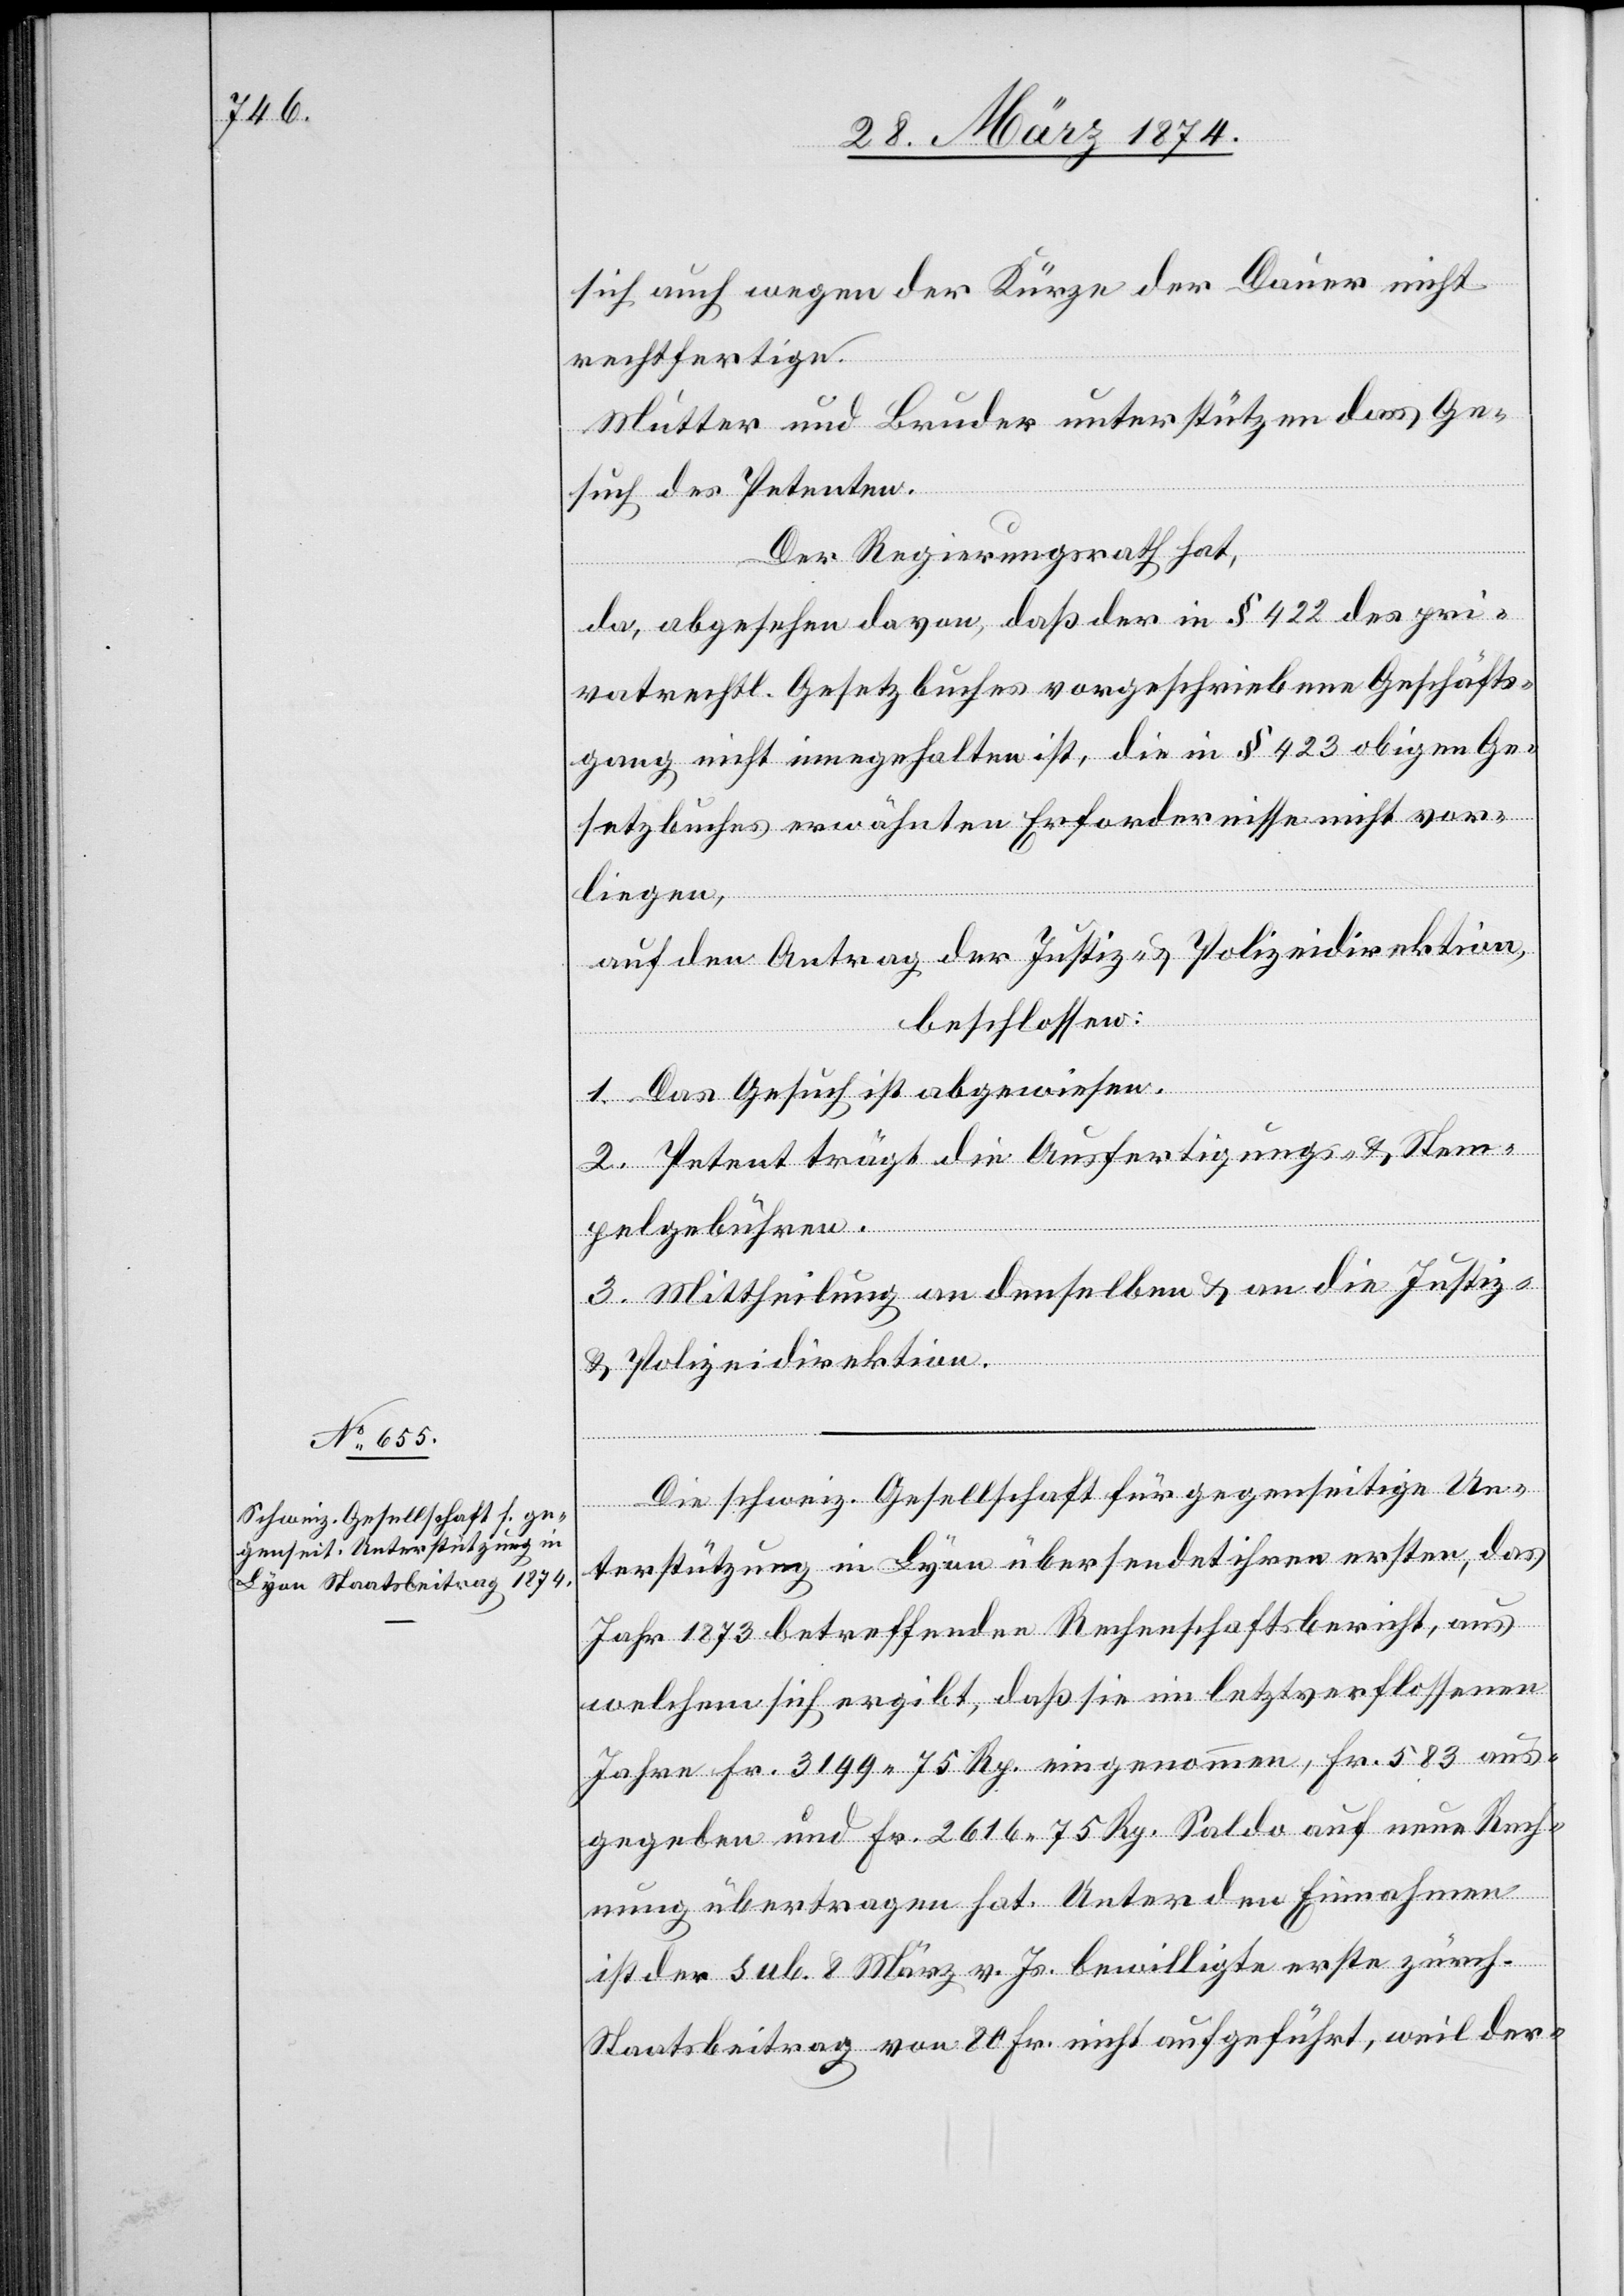
sich auch wegen der Kürze der Dauer nicht
rechtfertige.
Mutter und Bruder unterstützen das Ge¬
such des Petenten.
Der Regierungsrath hat,
da, abgesehen davon, daß der in § 422 des pri¬
vatrechtl. Gesetzbuches vorgeschriebene Geschäfts¬
gang nicht innegehalten ist, die in § 423 obigen Ge¬
setzbuches erwähnten Erfordernisse nicht vor¬
liegen,
auf den Antrag der Justiz- u. Polizeidirektion,
beschlossen:
1. Das Gesuch ist abgewiesen.
2. Petent trägt die Ausfertigungs- u. Stem¬
pelgebühren.
3. Mittheilung an denselben u. an die Justiz
u. Polizeidirektion.
Die schweiz. Gesellschaft für gegenseitige Un¬
terstützung in Lyon übersendet ihren ersten, das
Jahr 1873 betreffenden Rechenschaftsbericht, aus
welchem sich ergibt, daß sie im letztverflossenen
Jahre Fr. 3199.75 Rp. eingenommen, Fr. 583 aus¬
gegeben und Fr. 2616.75 Rp. Saldo auf neue Rech¬
nung übertragen hat. Unter den Einnahmen
ist der sub. 8. März vor. Js. bewilligte erste zürch.
Staatsbeitrag von 80 Fr. nicht aufgeführt, weil der-